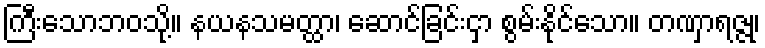
ကြီးသောဘဝသို့။ နယနသမတ္ထာ၊ ဆောင်ခြင်းငှာ စွမ်းနိုင်သော။ တဏှာရဇ္ဇု၊